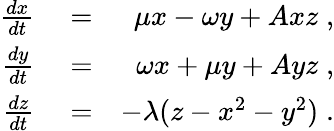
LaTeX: \begin{array}{rlr}{\frac{dx}{dt}}&{{}=}&{\mu x-\omega y+Axz\; ,}\\ {\frac{dy}{dt}}&{{}=}&{\omega x+\mu y+Ayz\; ,}\\ {\frac{dz}{dt}}&{{}=}&{-\lambda(z-x^{2}-y^{2})\; .}\end{array}